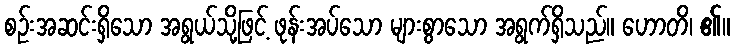
စဉ်းအဆင်းရှိသော အရွယ်သို့ဖြင့် ဖုန်းအပ်သော များစွာသော အရွက်ရှိသည်။ ဟောတိ၊ ၏။